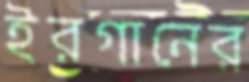
ইরগানের